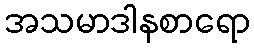
အသမာဒါနစာရော